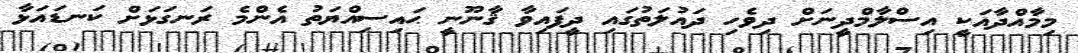
މިމާއްދާއަކީ އިސްލާމްދީނަށް ދިވެހި ދައުލަތުގައި ދީފައިވާ ޤާނޫނީ ޙައިސިއްޔަތު އެންމެ ރަނގަޅަށް ކަނޑައަޅާ